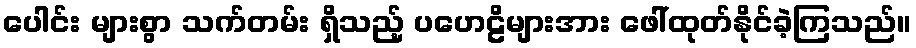
ပေါင်း များစွာ သက်တမ်း ရှိသည့် ပဟေဠိများအား ဖေါ်ထုတ်နိုင်ခဲ့ကြသည်။